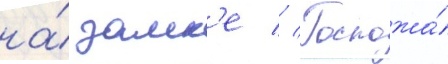
на́ замк'е // Госпожа́